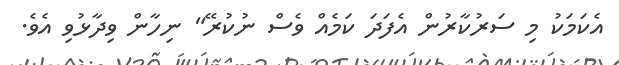
އެކަމަކު މި ސަރުކާރުން އެފަދަ ކަމެއް ވެސް ނުކުރޭ" ނިހާން ވިދާޅުވި އެވެ.